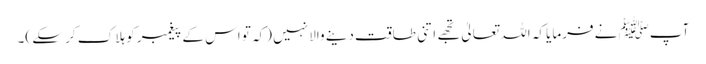
آپﷺ نے فرمایا کہ اللہ تعالیٰ تجھے اتنی طاقت دینے والا نہیں (کہ تو اس کے پیغمبر کو ہلا ک کر سکے )۔